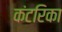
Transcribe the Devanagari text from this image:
कंटरिका